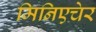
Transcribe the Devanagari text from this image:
मिनिएचेर